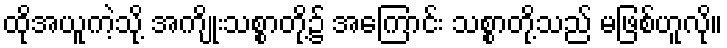
ထိုအယူကဲ့သို့ အကျိုးသစ္စာတို့၌ အကြောင်း သစ္စာတို့သည် မဖြစ်ဟူလို။